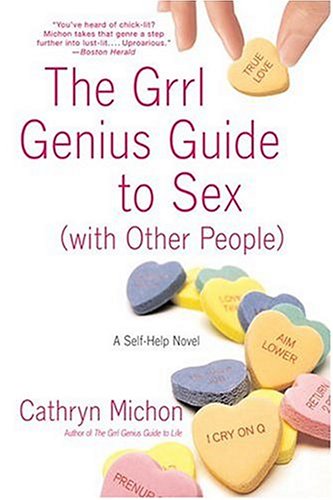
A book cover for The Grrl Genius Guide to Sex (with Other People): A Self-Help Novel; Cathryn Michon; Literature & Fiction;